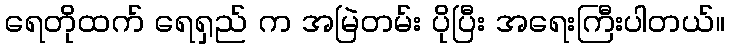
ရေတိုထက် ရေရှည် က အမြဲတမ်း ပိုပြီး အရေးကြီးပါတယ်။